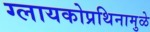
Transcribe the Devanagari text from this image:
ग्लायकोप्रथिनामुळे